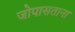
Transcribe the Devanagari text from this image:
जोपासताना